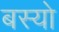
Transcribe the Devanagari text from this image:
बस्‍यो